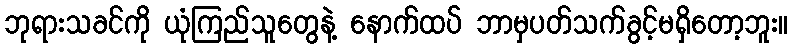
ဘုရားသခင်ကို ယုံကြည်သူတွေနဲ့ နောက်ထပ် ဘာမှပတ်သက်ခွင့်မရှိတော့ဘူး။